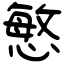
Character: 慜